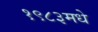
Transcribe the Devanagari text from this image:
१९८३मधे